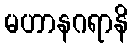
မဟာနဂရာနိ